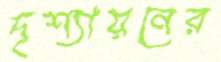
দৃশ্যায়নের